Civil Veterinary Dept. Bombay admin report 1907-1913 - 1907-1913
Year: 1907
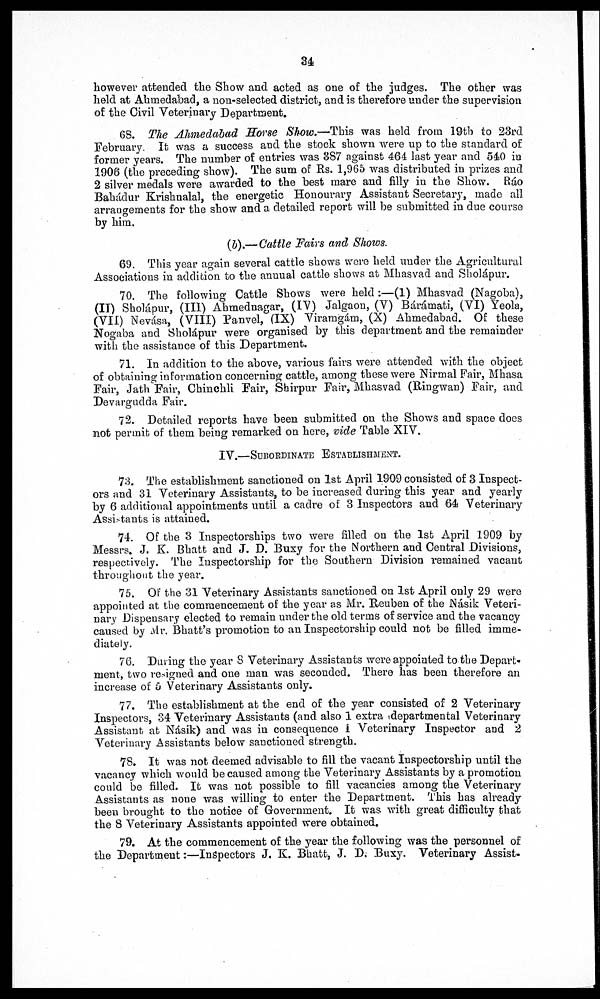
34
however attended the Show and acted as one of the judges. The other was
held at Ahmedabad, a non-selected district, and is therefore under the supervision
of the Civil Veterinary Department.
68. The Ahmedabad Horse Show.—This was held from 19th to 23rd
February. It was a success and the stock shown were up to the standard of
former years. The number of entries was 887 against 464 last year and 540 in
1906 (the preceding show). The sum of Rs. 1,965 was distributed in prizes and
2 silver medals were awarded to the best mare and filly in the Show. Rao
Bahádur Krishnalal, the energetic Honourary Assistant Secretary, made all
arrangements for the show and a detailed report will be submitted in due course
by him.
(b).—Cattle Fairs and Shows.
69. This year again several cattle shows were held under the Agricultural
Associations in addition to the annual cattle shows at Mhasvad and Sholápur.
70. The following Cattle Shows were held:—(1) Mhasvad (Nagoba),
(IT) Sholápur, (III) Ahmednagar, (IV) Jalgaon, (V) Bárámati, (VI) Yeola,
(VII) Nevása, (VIII) Panvel, (IX) Viramgám, (X) Ahmedabad. Of these
Nogaba and Sholápur were organised by this department and the remainder
with the assistance of this Department.
71. In addition to the above, various fairs were attended with the object
of obtaining information concerning cattle, among these were Nirmal Fair, Mhasa
Fair, Jath Fair, Chinchli Fair, Shirpur Fair, Mhasvad (Ringwan) Fair, and
Devargudda Fair.
72. Detailed reports have been submitted on the Shows and space does
not permit of them being remarked on here, vide Table XIV.
IV.—SUBORDINATE ESTABLISHMENT
73. The establishment sanctioned on 1st April 1909 consisted of 3 Inspect-
ors and 31 Veterinary Assistants, to be increased during this year and yearly
by 6 additional appointments until a cadre of 3 Inspectors and 64 Veterinary
Assistants is attained.
74. Of the 3 Inspectorships two were filled on the 1st April 1909 by
Messrs. J. K. Bhatt and J. D. Buxy for the Northernand Central Divisions,
respectively. The Inspectorship for the Southern Division remained vacant
throughout the year.
75. Of the 31 Veterinary Assistants sanctioned on 1st April only 29 were
appointed at the commencement of the year as Mr. Reuben of the Násik Veteri-
nary Dispeusary elected to remain under the old terms of service and the vacancy
caused by Mr. Bhatt's promotion to an Inspectorship could not be filled imme-
diately.
76. During the year 8 Veterinary Assistants were appointed to the Depart-
ment, two resigned and one man was seconded. There has been therefore an
increase of 5 Veterinary Assistants only.
77. The establishment at the end of the year consisted of 2 Veterinary
Inspectors, 34 Veterinary Assistants (and also 1 extra departmental Veterinary
Assistant at Násik) and was in consequence I Veterinary Inspector and 2
Veterinary Assistants below sanctioned strength.
78. It was not deemed advisable to fill the vacant Inspectorship until the
vacancy which would be caused among the Veterinary Assistants by a promotion
could be filled. It was not possible to fill vacancies among the Veterinary
Assistants as none was willing to enter the Department. This has already
been brought to the notice of Government. It was with great difficulty that
the 8 Veterinary Assistants appointed were obtained.
79. At the commencement of the year the following was the personnel of
the Department:—Inspectors J, K. Bhatt, J. D, Buxy. Veterinary Assist-